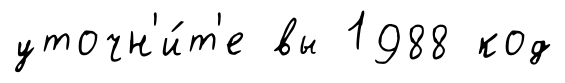
уточн'и́т'е вы 1988 код